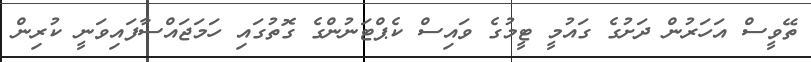
ތޭވީސް އަހަރުން ދަށުގެ ގައުމީ ޓީމުގެ ވައިސް ކެޕްޓަނުންގެ ގޮތުގައި ހަމަޖައްސާފައިވަނީ ކުރިން